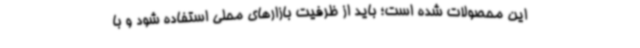
این محصولات شده است؛ باید از ظرفیت بازارهای محلی استفاده شود و با